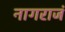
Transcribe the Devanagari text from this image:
नागराजं